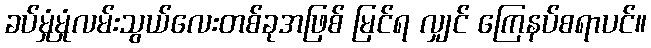
ခပ်မှုံမှုံလမ်းသွယ်လေးတစ်ခုအဖြစ် မြင်ရ လျှင် ကြေနပ်စရာပင်။